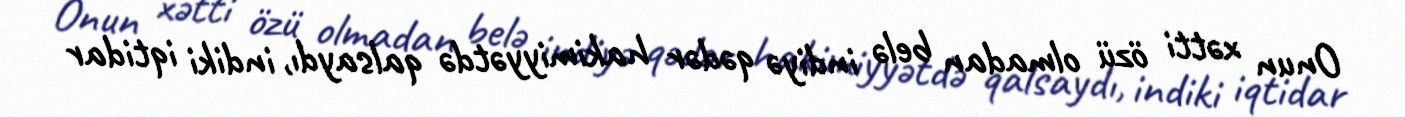
Onun xətti özü olmadan belə indiyə qədər hakimiyyətdə qalsaydı, indiki iqtidar